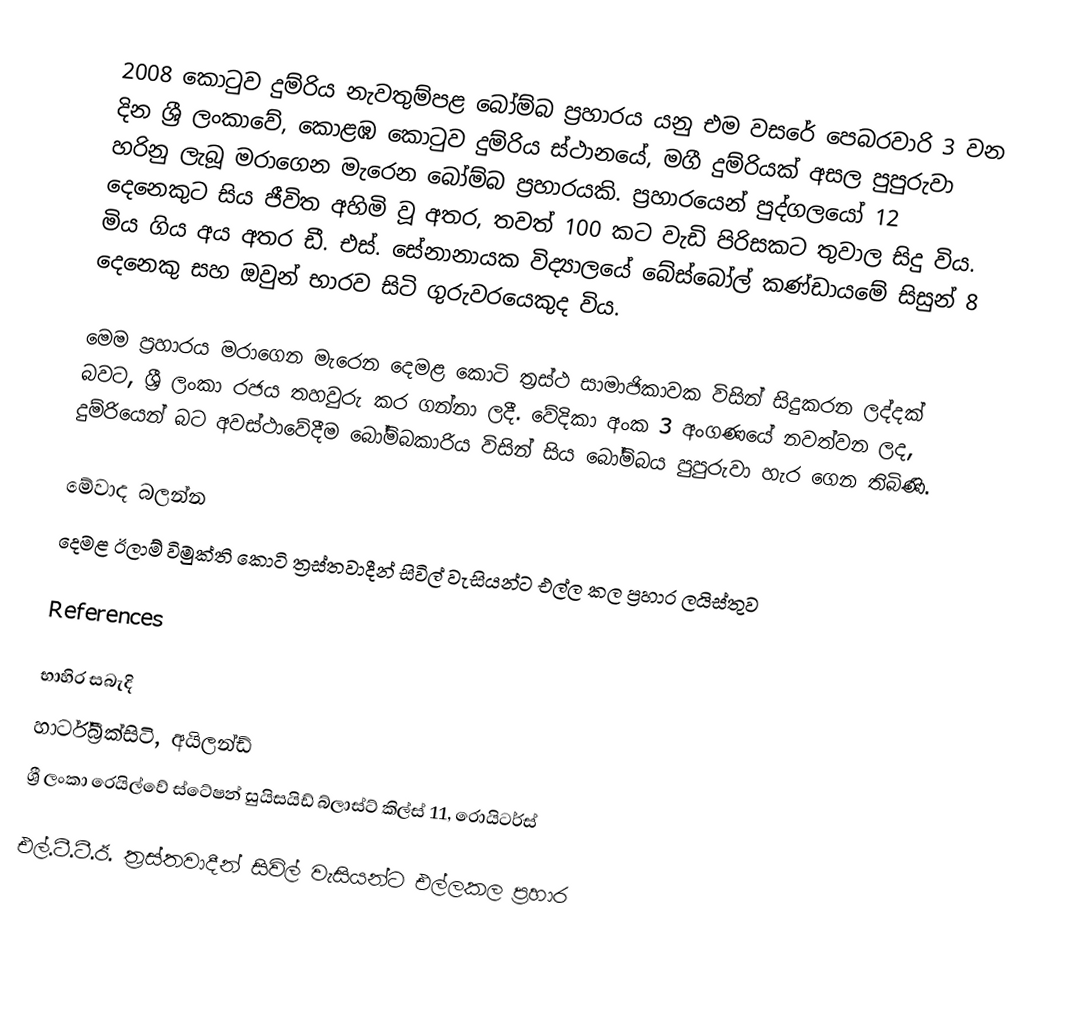
2008 කොටුව දුම්රිය නැවතුම්පළ බෝම්බ ප්‍රහාරය යනු එම වසරේ පෙබරවාරි 3 වන දින ශ්‍රී ලංකාවේ, කොළඹ කොටුව දුම්රිය ස්ථානයේ, මගී දුම්රියක් අසල පුපුරුවා හරිනු ලැබූ මරාගෙන මැරෙන බෝම්බ ප්‍රහාරයකි. ප්‍රහාරයෙන් පුද්ගලයෝ 12 දෙනෙකුට සිය ජීවිත අහිමි වූ අතර, තවත් 100 කට වැඩි පිරිසකට තුවාල සිදු විය. මිය ගිය අය අතර ඩී. එස්. සේනානායක විද්‍යාලයේ බේස්බෝල් කණ්ඩායමේ සිසුන් 8 දෙනෙකු සහ ඔවුන් භාරව සිටි ගුරුවරයෙකුද විය.

මෙම ප්‍රහාරය මරාගෙන මැරෙන දෙමළ කොටි ත්‍රස්ථ සාමාජිකාවක විසින් සිදුකරන ලද්දක් බවට, ශ්‍රී ලංකා රජය තහවුරු කර ගන්නා ලදී. වේදිකා අංක 3 අංගණයේ නවත්වන ලද, දුම්රියෙන් බට අවස්ථාවේදීම බෝම්බකාරිය විසින් සිය බෝම්බය පුපුරුවා හැර ගෙන තිබිණි.

මේවාද බලන්න
 දෙමළ ඊලාම් විමුක්ති කොටි ත්‍රස්තවාදීන් සිවිල් වැසියන්ට එල්ල කල ප්‍රහාර ලයිස්තුව

References

භාහිර සබැදි
හාර්ට්බ්‍රීක්සිටි, අයිලන්ඩ්
ශ්‍රී ලංකා රෙයිල්වේ ස්ටේෂන් සුයිසයිඩ් බ්ලාස්ට් කිල්ස් 11, රොයිටර්ස්

එල්.ටී.ටී.ඊ. ත්‍රස්තවාදීන් සිවිල් වැසියන්ට එල්ලකල ප්‍රහාර